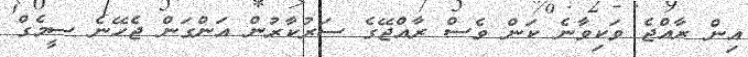
އިން ރާއްޖެ ވަކިވާނެ ކަން ވެސް ރާއްޖޭގެ ސަރުކާރުން އަންގަން ޖެހޭނެ ސީމެގް